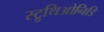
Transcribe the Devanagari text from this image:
स्ट्रुथिओनिडि